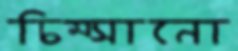
চিম্‌সানো